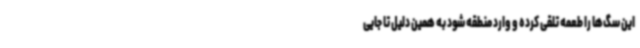
این سگ‌ها را طعمه تلقی کرده و وارد منطقه شود به همین دلیل تا جایی